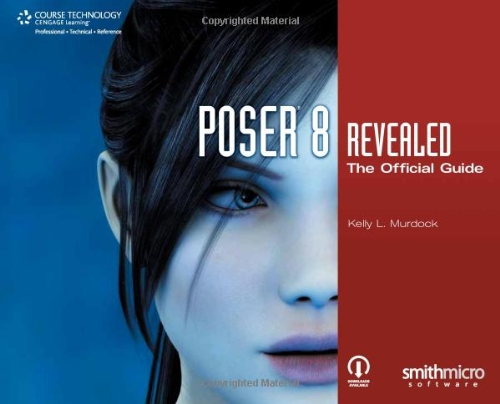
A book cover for Poser 8 Revealed: The Official Guide; Kelly L. Murdock; Computers & Technology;